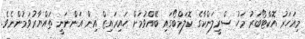
މިއަހަރު އޮކްޓޯބަރު މަހު ސްރީލަންކާގެ ކޮލަމްބޯގައި ބޭއްވުމަށް ހައިރައިޒް އިން އަންނަނީ ތައްޔާރުވަމުންނެވެ.